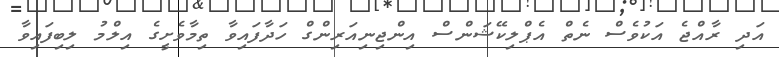
އަދި ރާއްޖެ އަކުވެސް ނެތް އެޕްލިކޭޝަންސް އިންޖިނިއަރިންގް ހަދާފައިވާ ތިމާވެށީގެ އިލްމު ލިބިފައިވާ